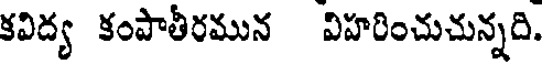
కవిద్య కంపాతీరమున విహరించుచున్నది.